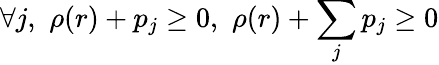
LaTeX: \forall j,\, \, \rho(r)+p_{j}\geq 0,\, \, \rho(r)+\sum_{j}p_{j}\geq 0